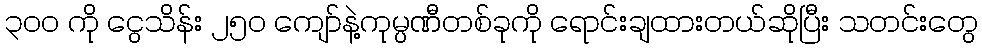
၃၀၀ ကို ငွေသိန်း ၂၅၀ ကျော်နဲ့ကုမ္ပဏီတစ်ခုကို ရောင်းချထားတယ်ဆိုပြီး သတင်းတွေ